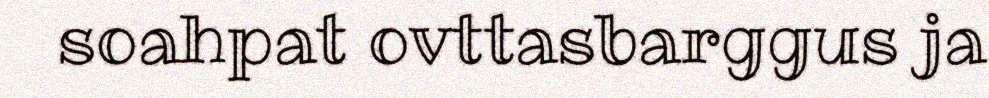
soahpat ovttasbarggus ja